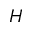
H